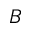
\boldsymbol { B }